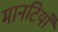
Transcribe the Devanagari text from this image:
मानटियाँ